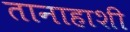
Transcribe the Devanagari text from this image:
तानाहाशी